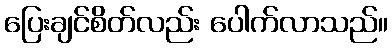
ပြေးချင်စိတ်လည်း ပေါက်လာသည်။